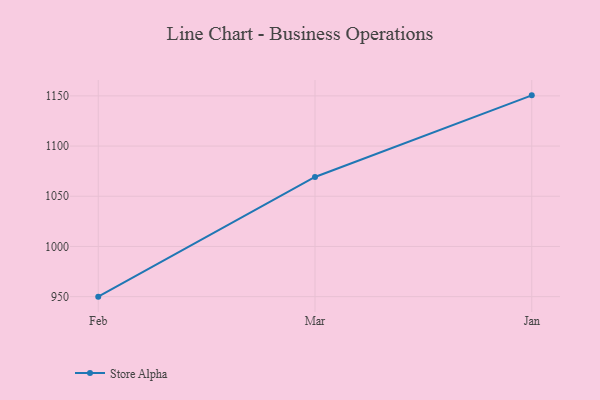
{"axis": {"x": "Month", "y": "Revenue (USD Million)"}, "legend": ["Store Alpha"], "data": [{"x": "Feb", "y": 950.0, "type": "Store Alpha"}, {"x": "Mar", "y": 1069.2, "type": "Store Alpha"}, {"x": "Jan", "y": 1150.5, "type": "Store Alpha"}]}